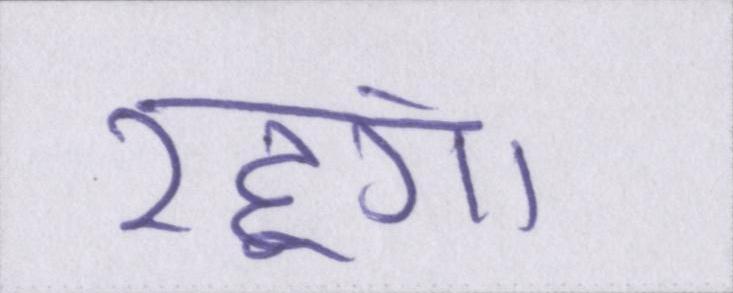
रहूंगा।